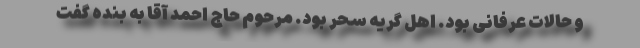
و حالات عرفانی بود. اهل گریه سحر بود. مرحوم حاج احمد آقا به بنده گفت